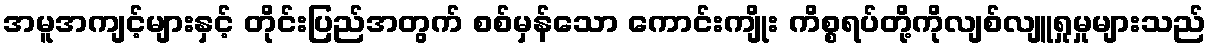
အမူအကျင့်များနှင့် တိုင်းပြည်အတွက် စစ်မှန်သော ကောင်းကျိုး ကိစ္စရပ်တို့ကိုလျစ်လျူရှုမှုများသည်